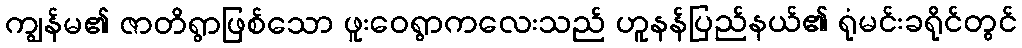
ကျွန်မ၏ ဇာတိရွာဖြစ်သော ဖူးဝေရွာကလေးသည် ဟူနန်ပြည်နယ်၏ ရုံမင်းခရိုင်တွင်